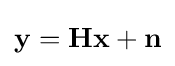
\mathbf {y} =\mathbf {H} \mathbf {x} +\mathbf {n}